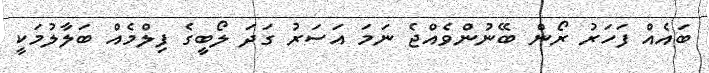
ބައެއް ފަހަރު ރޯން ބޭނުންވެއްޖެ ނަމަ އަސަރު ގަދަ ލޯބީގެ ފިލްމެއް ބަލާލުމަކީ